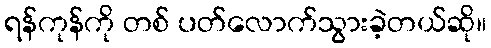
ရန်ကုန်ကို တစ် ပတ်လောက်သွားခဲ့တယ်ဆို။